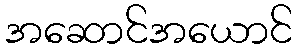
အဆောင်အယောင်